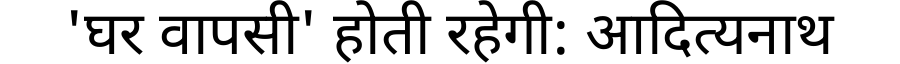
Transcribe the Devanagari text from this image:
'घर वापसी' होती रहेगी: आदित्यनाथ